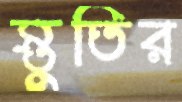
স্তুতির